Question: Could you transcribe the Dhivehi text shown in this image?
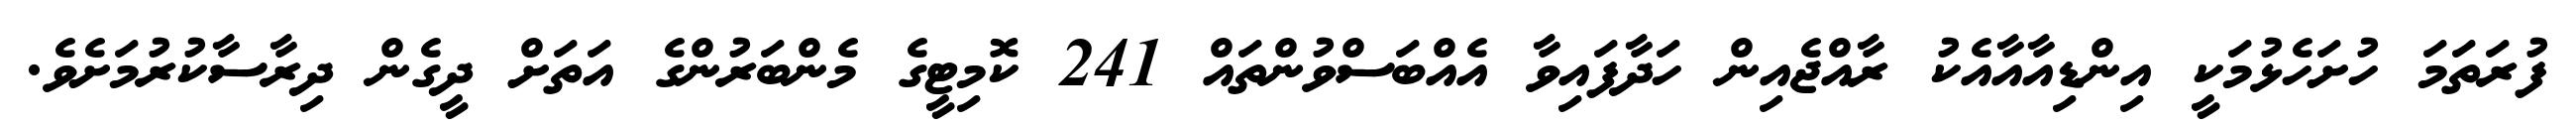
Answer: ފުރަތަމަ ހުށަހެޅުމަކީ އިންޑިއާއާއެކު ރާއްޖެއިން ހަދާފައިވާ އެއްބަސްވުންތައް 241 ކޮމިޓީގެ މެންބަރުންގެ އަތަށް ދީގެން ދިރާސާކުރުމަށެވެ.